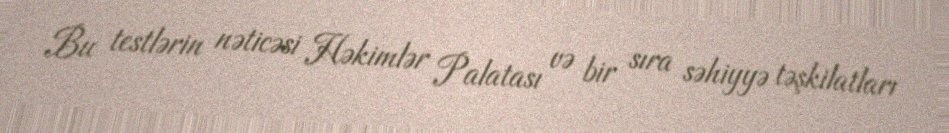
Bu testlərin nəticəsi Həkimlər Palatası və bir sıra səhiyyə təşkilatları